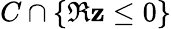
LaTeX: C\cap\left\{ \Re\mathbf{z}\leq0\right\}